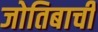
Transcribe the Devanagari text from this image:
जोतिबाची